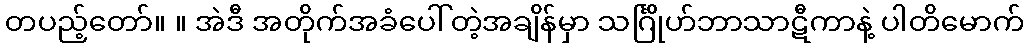
တပည့်တော်။ ။ အဲဒီ အတိုက်အခံပေါ်တဲ့အချိန်မှာ သင်္ဂြိုဟ်ဘာသာဋီကာနဲ့ ပါတိမောက်